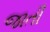
જાતી